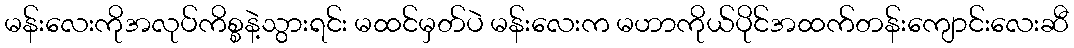
မန်းလေးကိုအလုပ်ကိစ္စနဲ့သွားရင်း မထင်မှတ်ပဲ မန်းလေးက မဟာကိုယ်ပိုင်အထက်တန်းကျောင်းလေးဆီ